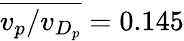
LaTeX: \overline{{v_{p}/v_{D_{p}}}}=0.145